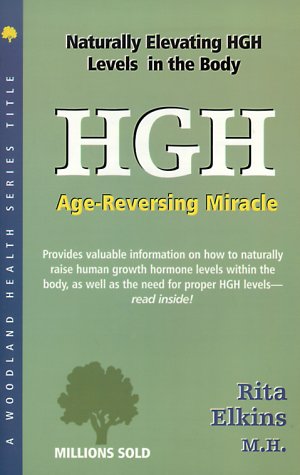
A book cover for HGH (Human Growth Hormone): Age-Reversing Miracle (Woodland Health); Rita Elkins MH; Health, Fitness & Dieting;